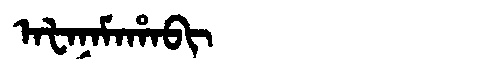
Manchu: ᠠᡶᠠᠨᠠᠮᠠᡥᠠᠪᡳ
Romanization: AFANAMAHABI